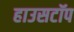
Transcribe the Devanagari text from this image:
हाउसटॉप